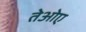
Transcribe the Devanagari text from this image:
तेओए